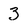
Character: 3